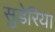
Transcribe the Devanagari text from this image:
सुडेरिया